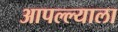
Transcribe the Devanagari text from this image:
आपल्ल्याला